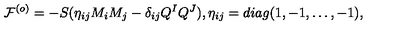
{ \cal F } ^ { ( o ) } = - S ( \eta _ { i j } M _ { i } M _ { j } - \delta _ { i j } Q ^ { I } Q ^ { J } ) , \eta _ { i j } = d i a g ( 1 , - 1 , \dots , - 1 ) ,